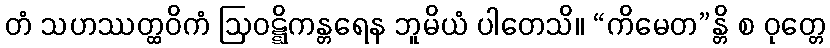
တံ သဟဿတ္ထဝိကံ ဩဝဋ္ဋိကန္တရေန ဘူမိယံ ပါတေသိ။ “ကိမေတ”န္တိ စ ဝုတ္တေ